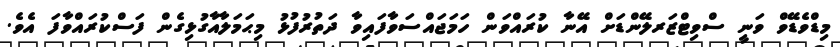
މިޑްވެޑޭވް ވަނީ ސްވިޓްޒަރލޭންޑަށް އޭނާ ކުރައްވަން ހަމަޖައްސަވާފައިވާ ދަތުރުފުޅު މިޙަމަލާއާގުޅިގެން ފަސްކުރައްވާފަ އެވެ.